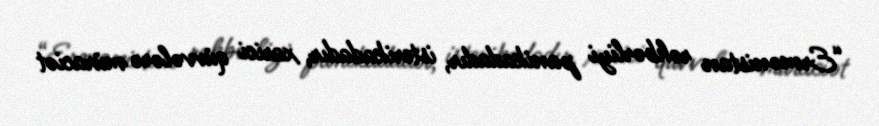
“Ermənistan rəhbərliyi panikadadır, isterikadadır, xarici qüvvələrə müraciət